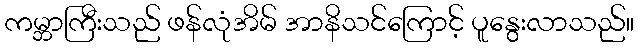
ကမ္ဘာကြီးသည် ဖန်လုံအိမ် အာနိသင်ကြောင့် ပူနွေးလာသည်။